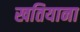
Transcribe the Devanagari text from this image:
खतियाना